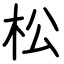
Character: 松